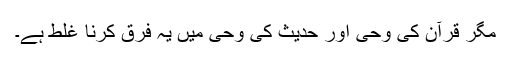
مگر قرآن کی وحی اور حدیث کی وحی میں یہ فرق کرنا غلط ہے۔